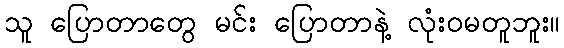
သူ ပြောတာတွေ မင်း ပြောတာနဲ့ လုံးဝမတူဘူး။